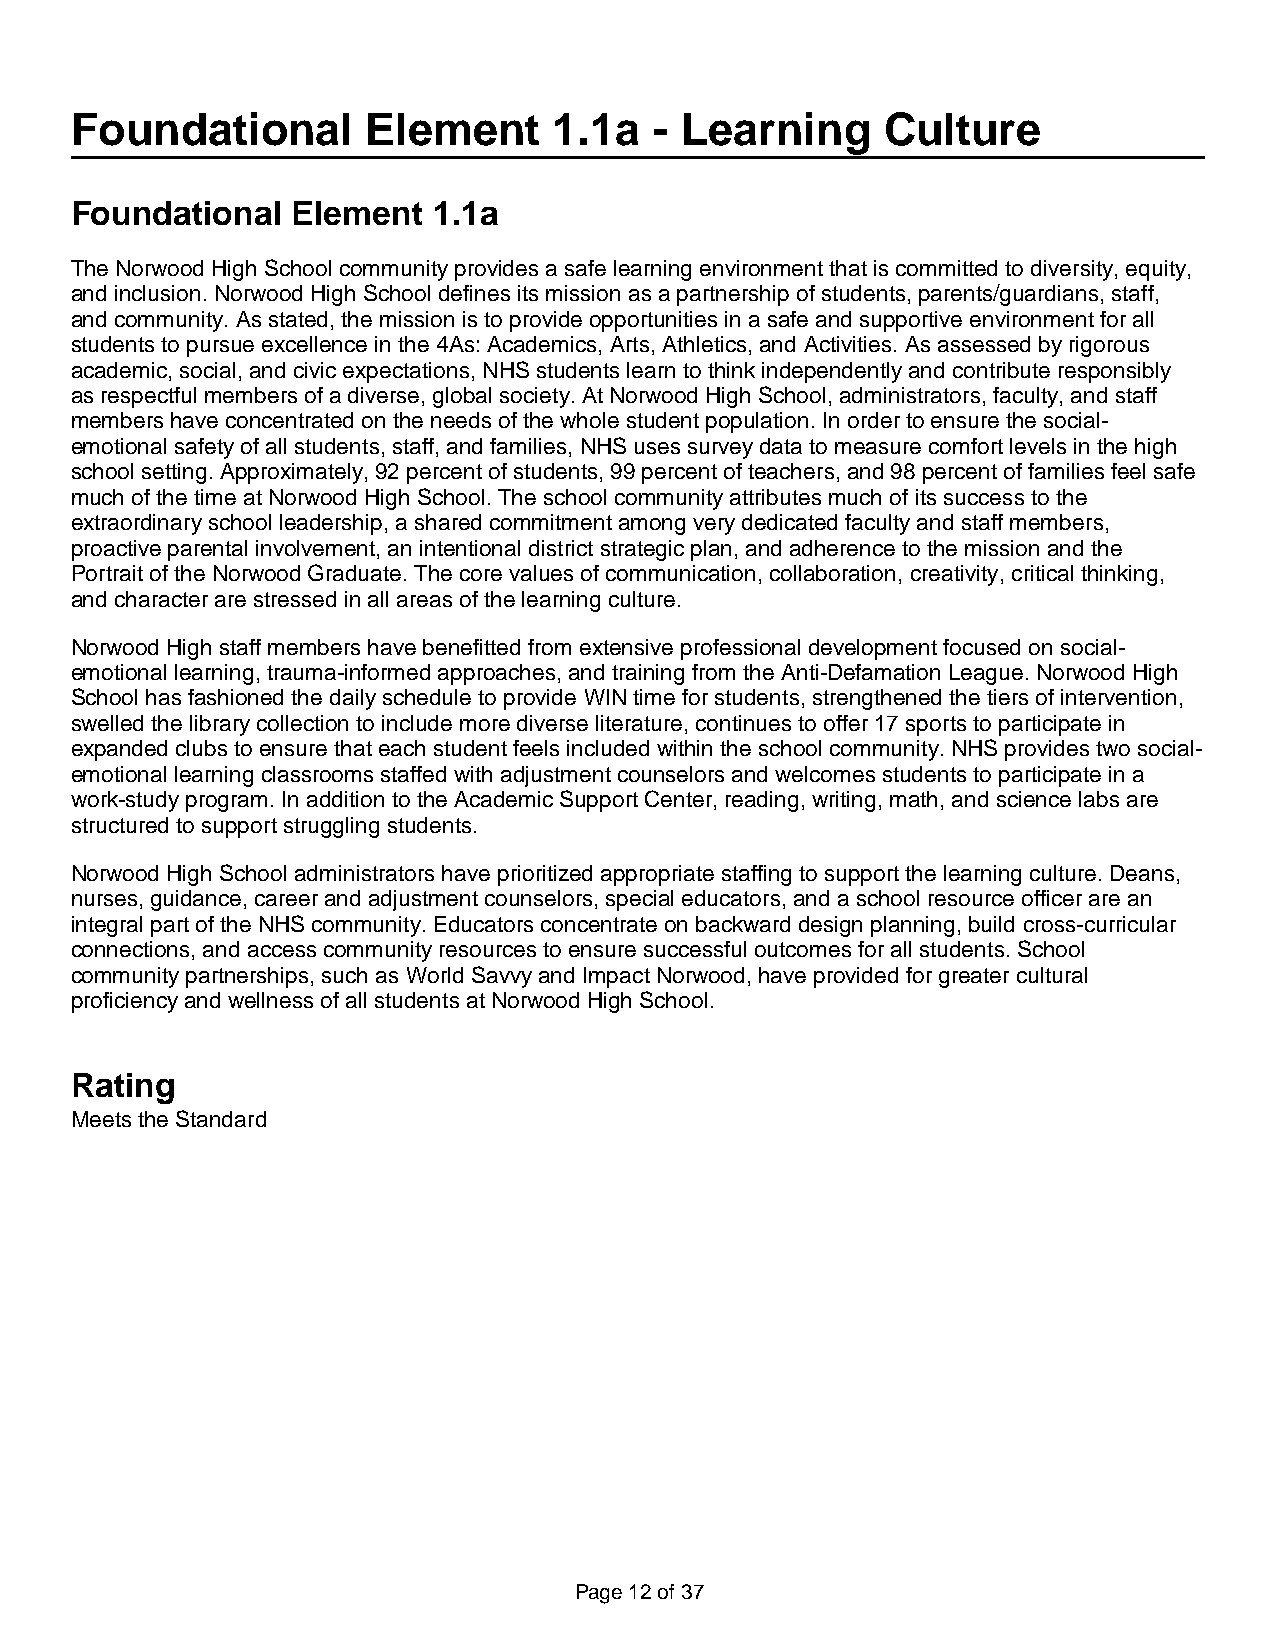
Foundational       Element      1.1a  - Learning     Culture
 Foundational  Element   1.1a
 The Norwood High School community provides a safe learning environment that is committed to diversity, equity,
 and inclusion. Norwood High School defines its mission as a partnership of students, parents/guardians, staff,
 and community. As stated, the mission is to provide opportunities in a safe and supportive environment for all
 students to pursue excellence in the 4As: Academics, Arts, Athletics, and Activities. As assessed by rigorous
 academic, social, and civic expectations, NHS students learn to think independently and contribute responsibly
 as respectful members of a diverse, global society. At Norwood High School, administrators, faculty, and staff
 members have concentrated on the needs of the whole student population. In order to ensure the social-
 emotional safety of all students, staff, and families, NHS uses survey data to measure comfort levels in the high
 school setting. Approximately, 92 percent of students, 99 percent of teachers, and 98 percent of families feel safe
 much of the time at Norwood High School. The school community attributes much of its success to the
 extraordinary school leadership, a shared commitment among very dedicated faculty and staff members,
 proactive parental involvement, an intentional district strategic plan, and adherence to the mission and the
 Portrait of the Norwood Graduate. The core values of communication, collaboration, creativity, critical thinking,
 and character are stressed in all areas of the learning culture.
 Norwood High staff members have benefitted from extensive professional development focused on social-
 emotional learning, trauma-informed approaches, and training from the Anti-Defamation League. Norwood High
 School has fashioned the daily schedule to provide WIN time for students, strengthened the tiers of intervention,
 swelled the library collection to include more diverse literature, continues to offer 17 sports to participate in
 expanded clubs to ensure that each student feels included within the school community. NHS provides two social-
 emotional learning classrooms staffed with adjustment counselors and welcomes students to participate in a
 work-study program. In addition to the Academic Support Center, reading, writing, math, and science labs are
 structured to support struggling students.
 Norwood High School administrators have prioritized appropriate staffing to support the learning culture. Deans,
 nurses, guidance, career and adjustment counselors, special educators, and a school resource officer are an
 integral part of the NHS community. Educators concentrate on backward design planning, build cross-curricular
 connections, and access community resources to ensure successful outcomes for all students. School
 community partnerships, such as World Savvy and Impact Norwood, have provided for greater cultural
 proficiency and wellness of all students at Norwood High School.
 Rating
 Meets the Standard
 Page 12 of 37